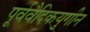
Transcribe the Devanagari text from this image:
पूर्ववैदिकयुगीन